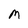
Character: M